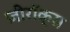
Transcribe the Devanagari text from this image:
ज़ीरॉक्स